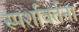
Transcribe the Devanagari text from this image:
स्पर्शावर्तना